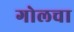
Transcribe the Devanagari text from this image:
गोलचा